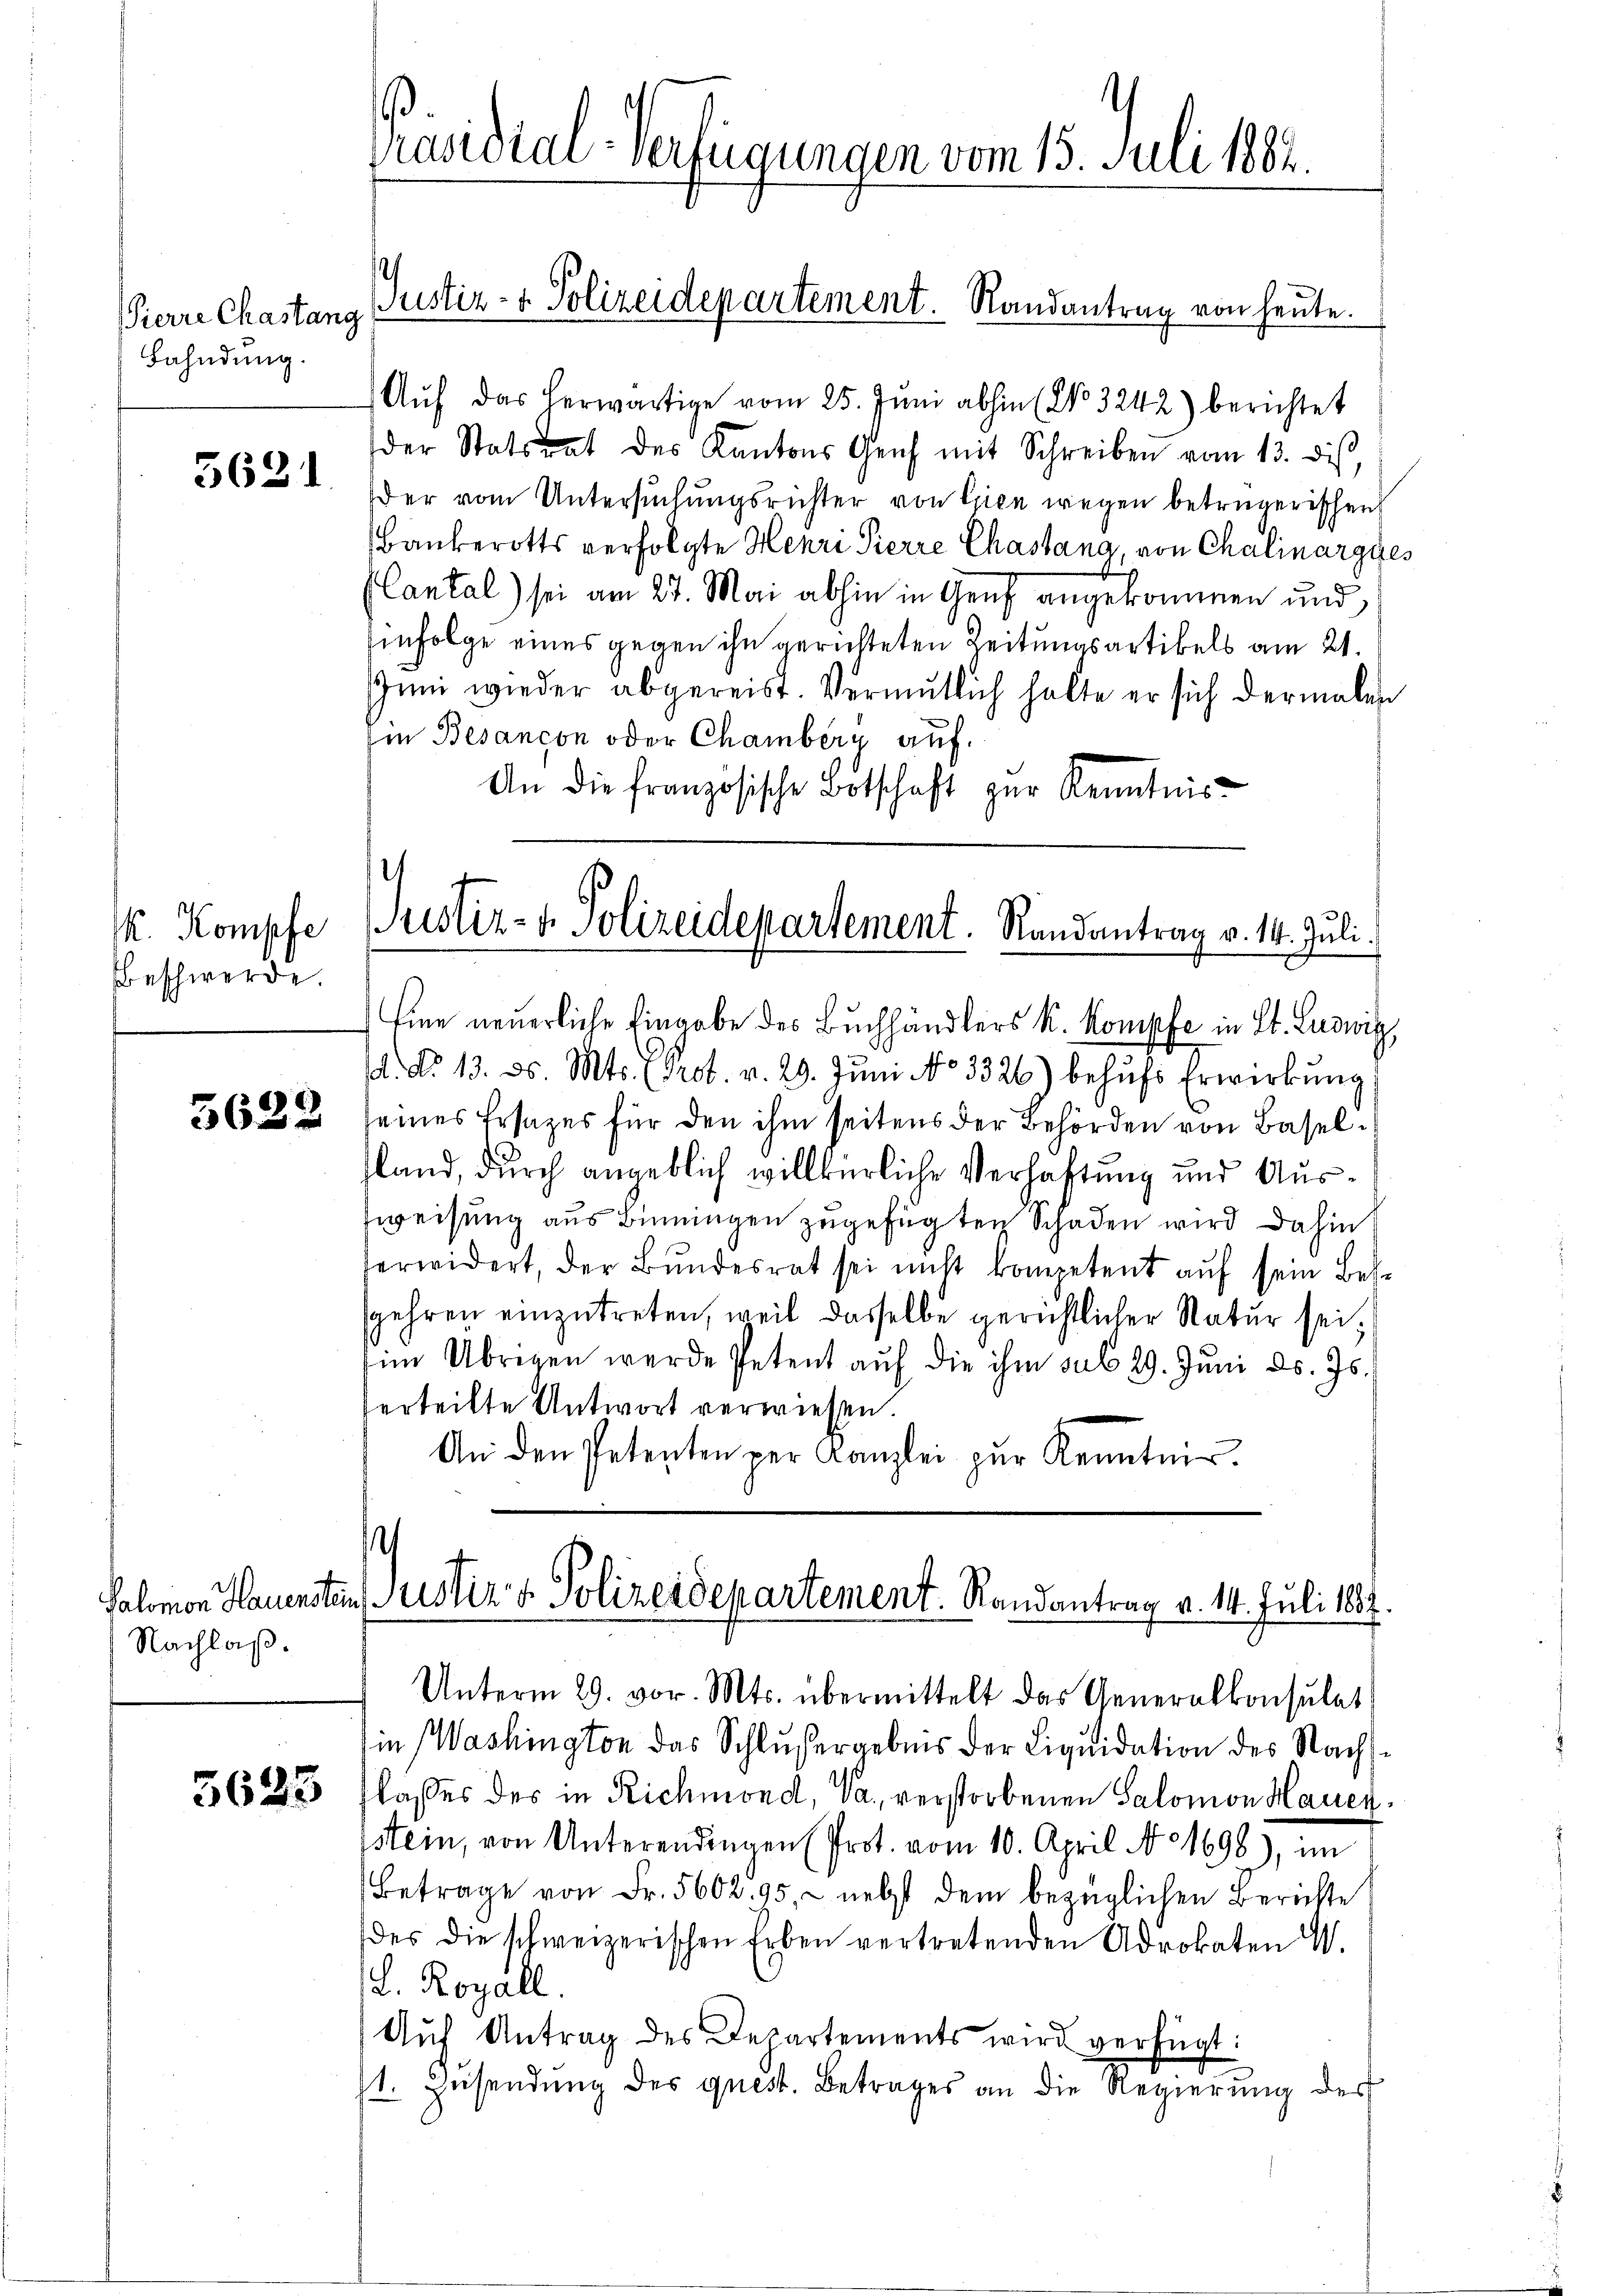
Pierre Chastang
Fahndung.

5631

. Kompfe
Beschwerde.

3622

Nachlaß.

5623

Aŭf das herwärtige vom 25. Jŭni abhin (No 3242) berichtet
der Statsrat des Kantons Genf mit Schreiben vom 13. diβ,
der vom Untersuchungsrichter von Grien wegen betrügerischen
Bankerotts verfolgte Henri Pierre Chastang, von Chalinargues
Cantal) sei am 27. Mai abhin in Genf angekommen und
Einfolge eines gegen ihn gerichteten Zeitungsartikels am 21.
Juni wieder abgereist. Vermutlich halte er sich dermalen
in Besançon oder Chamberg auf.
An die französische Botschaft zur Kenntnis

Präsidial-Verfügungen vom 15. Juli 1884.
Justiz- & Polizeidepartement. Randantrag von heute.

Justiz- & Polizeidepartement. Randantrag v. 14. Juli.

Eine neuerliche Eingabe des Buchhändlers k. Kompfe in St. Ludwitz,
d. d. 13. ds. Mts. Erot. v. 29. Jŭni No 3326) behŭfs Erwirkŭng
seines Ersatzes für den ihm seitens der Behörden von Baselsland, durch angeblich willkürliche Verhaftung und Ausweisung aus Binningen zugefügten Schaden wird dahin
verwidert, der Bundesrat sei nicht kompetent auf sein Bessgehren einzutreten, weil dasselbe gerichtlicher Natur sei.
im Übrigen werde Petent aŭf die ihm sub 29. Jŭni d. Js.
verteilte Antwort verwiesen.
An den Petenten per Kanzlei zŭr Kenntnis.

¬
Salomon Hauensten (ustiz- & Polizeidepartement. Randantrag v. 14. Juli 1857.

flasses des in Richmond, Va., verstorbenen Salomon Hauer
stein, von Unterendingen (Prot. vom 10. April No 1698), im
Betrage von Fr. 5602. 95, - nebst dem bezüglichen Berichte
des die schweizerischen Erben vertretenden Adrokaten W.
L. Royall.
Aŭf Antrag des Departements wird verfügt:
1. Zusendung des quest. Betrages an die Regierung der

Unterm 29. vor. Mts. übermittelt das Generalkonsulat
in Washington das Schlußergebens der Liquidation des Nachs¬